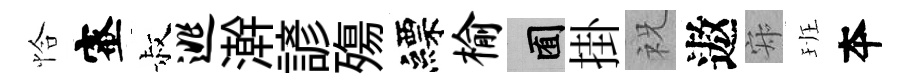
恰蜜叔逃澣諺殤縹榆囿掛祝遨寂班夲